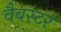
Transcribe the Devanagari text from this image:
वैबस्टर